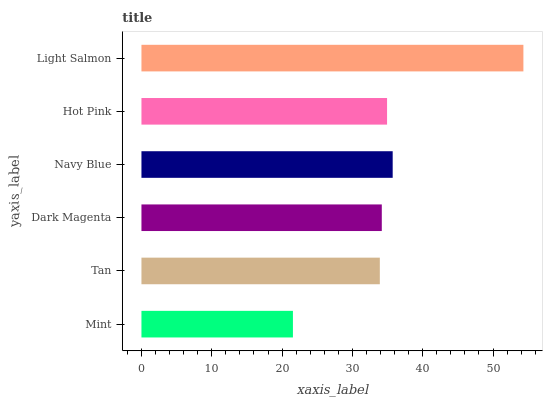
| yaxis_label | bars |
 | --- | --- |
 | Mint | 21.5 |
 | Tan | 33.9 |
 | Dark Magenta | 34.2 |
 | Navy Blue | 35.7 |
 | Hot Pink | 34.9 |
 | Light Salmon | 54.3 |